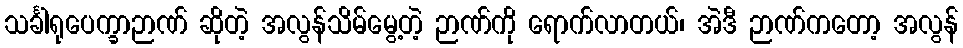
သင်္ခါရုပေက္ခာဉာဏ် ဆိုတဲ့ အလွန်သိမ်မွေ့တဲ့ ဉာဏ်ကို ရောက်လာတယ်၊ အဲဒီ ဉာဏ်ကတော့ အလွန်